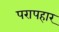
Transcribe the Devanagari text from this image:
परापहार